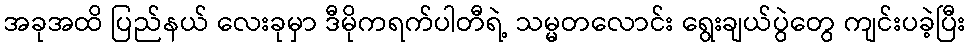
အခုအထိ ပြည်နယ် လေးခုမှာ ဒီမိုကရက်ပါတီရဲ့ သမ္မတလောင်း ရွေးချယ်ပွဲတွေ ကျင်းပခဲ့ပြီး